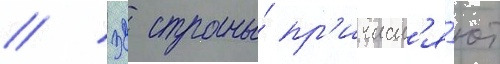
// 32 страны́ пр'ичисл'я́ют